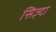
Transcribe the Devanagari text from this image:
सिज़्दा